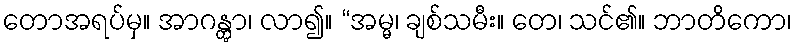
တောအရပ်မှ။ အာဂန္တွာ၊ လာ၍။ “အမ္မ၊ ချစ်သမီး။ တေ၊ သင်၏။ ဘာတိကော၊